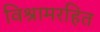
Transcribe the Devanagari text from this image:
विश्रामरहित